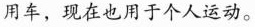
用车，现在也用于个人运动。